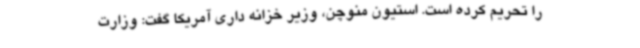
را تحریم کرده است. استیون منوچن، وزیر خزانه داری آمریکا گفت: وزارت